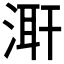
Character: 𭱌